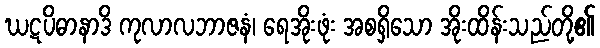
ဃဋပိဓာနာဒိ ကုလာလဘာဇနံ၊ ရေအိုးဖုံး အစရှိသော အိုးထိန်းသည်တို့၏